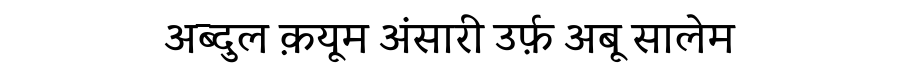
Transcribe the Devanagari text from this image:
अब्दुल क़यूम अंसारी उर्फ़ अबू सालेम